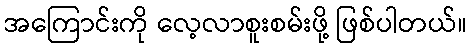
အကြောင်းကို လေ့လာစူးစမ်းဖို့ ဖြစ်ပါတယ်။